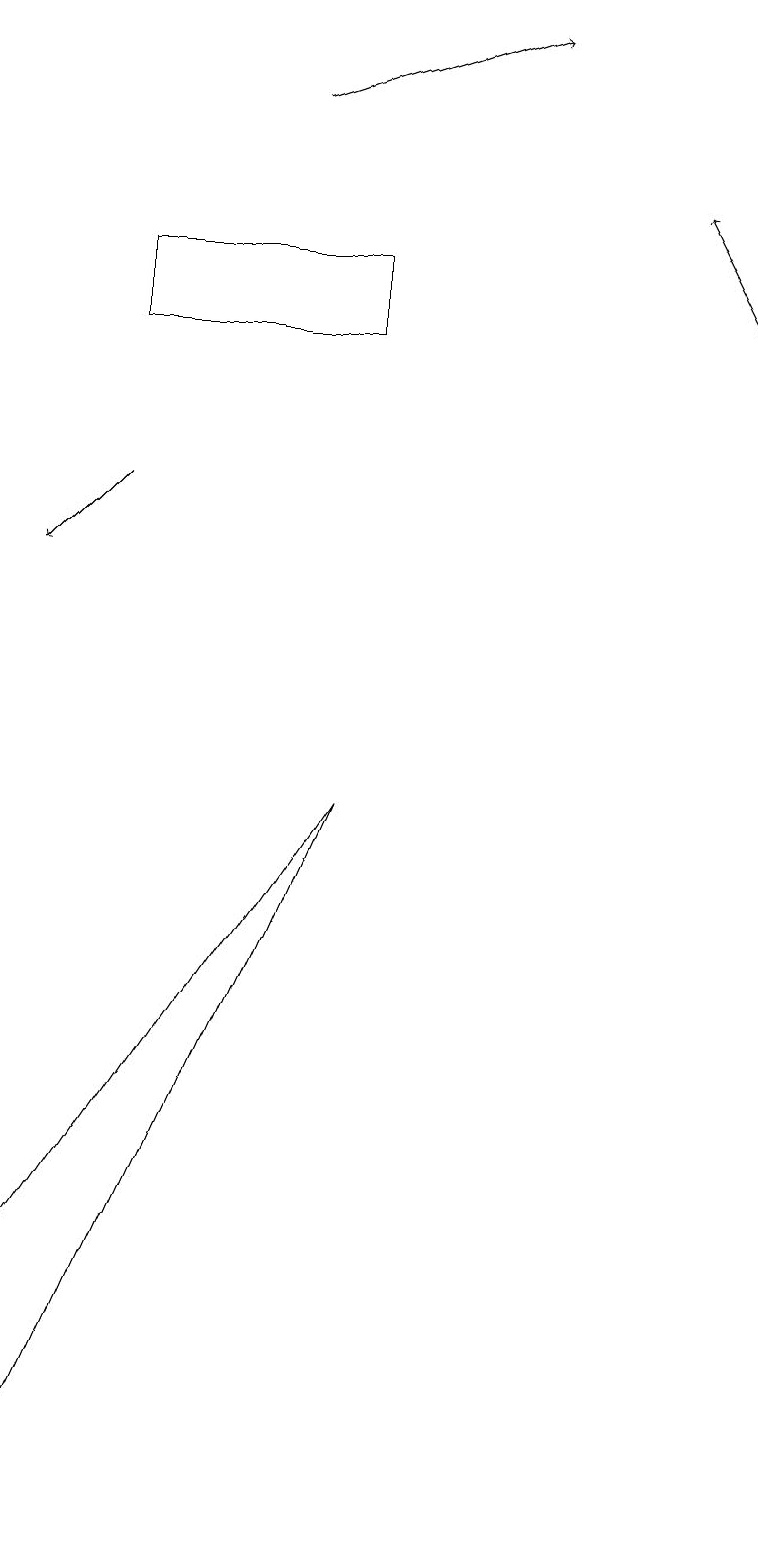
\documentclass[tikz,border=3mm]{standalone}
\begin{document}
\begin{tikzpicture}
\draw[->] (9,15) -- (8,17);
\draw (4,9) -- (0,0) -- (0,3) -- cycle;
\draw[->] (3,18) -- (6,19);
\draw (4,16) rectangle (1,15);
\draw[->] (1,13) -- (0,12);
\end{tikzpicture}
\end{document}